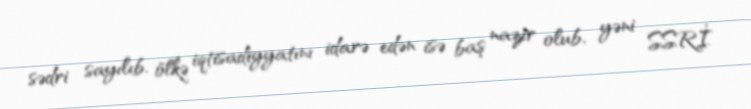
sədri sayılıb, ölkə iqtisadiyyatını idarə edən isə baş nazir olub, yəni SSRİ